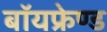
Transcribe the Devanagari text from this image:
बॉयफ्रेण्ड